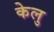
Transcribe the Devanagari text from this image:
केलु